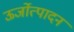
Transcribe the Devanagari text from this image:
ऊर्जोत्पादन